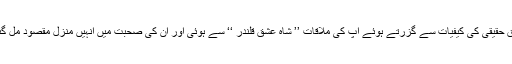
عشقِ حقیقی کی کیفیات سے گزرتے ہوئے آپ کی ملاقات ’’ شاہ عشق قلندر ‘‘ سے ہوئی اور ان کی صحبت میں انہیں منزلِ مقصود مل گئی ۔